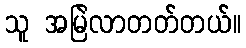
သူ အမြဲလာတတ်တယ်။